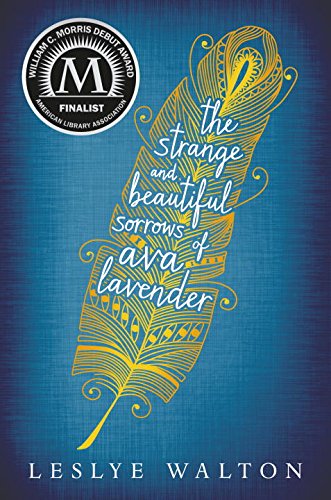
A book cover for The Strange and Beautiful Sorrows of Ava Lavender; Leslye Walton; Teen & Young Adult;